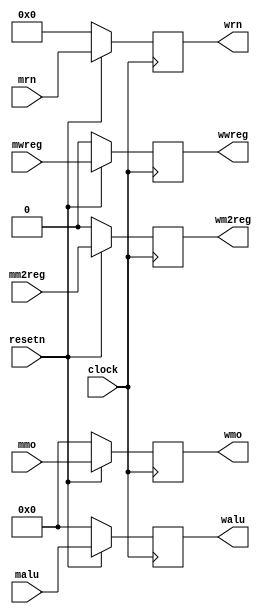
module pipemwreg ( mwreg,mm2reg,mmo,malu,mrn,clock,resetn,
                   wwreg,wm2reg,wmo,walu,wrn);
	input [31:0] mmo, malu;
	input [4:0] mrn;
	input mwreg, mm2reg, clock, resetn;
	output [31:0] wmo, walu;
	output [4:0] wrn;
	output wwreg, wm2reg;
	
	reg [31:0] wmo, walu;
	reg [4:0] wrn;
	reg wwreg, wm2reg;
	
	always @ (posedge clock) begin
		if (resetn == 0) begin
			wwreg <= 0;
			wm2reg <= 0;
			wmo <= 0;
			walu <= 0;
			wrn <= 0;
		end
		else begin
			wwreg <= mwreg;
			wm2reg <= mm2reg;
			wmo <= mmo;
			walu <= malu;
			wrn <= mrn;
		end
	end

endmodule